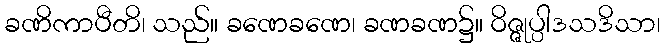
ခဏိကာပီတိ၊ သည်။ ခဏေခဏေ၊ ခဏခဏ၌။ ဝိဇ္ဇုပ္ပါဒသဒိသာ၊